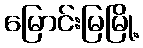
မြောင်းမြမြို့